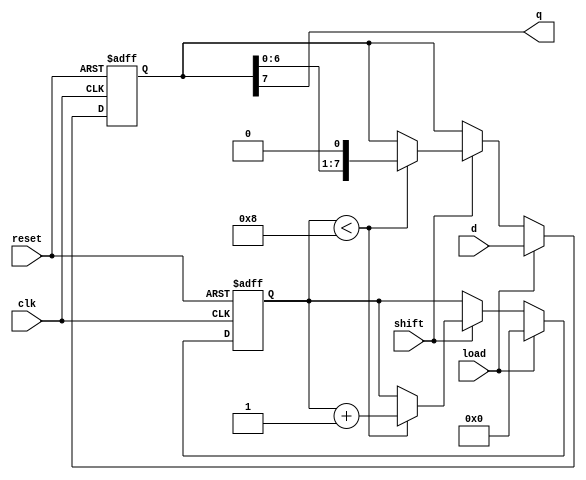
module LoadablePISO #(
    parameter WIDTH = 8  // Width of the data input
)(
    input wire clk,           // Clock signal
    input wire reset,         // Reset signal
    input wire load,          // Load control signal
    input wire shift,         // Shift control signal
    input wire [WIDTH-1:0] d, // Parallel input data
    output wire q            // Serial output
);

    // Internal register to hold data
    reg [WIDTH-1:0] data_reg;
    // Shift counter to keep track of the shifting process
    reg [3:0] shift_count; // Assuming WIDTH <= 16 for the counter

    // Assign the output as the MSB of the current data in the register
    assign q = data_reg[WIDTH-1];

    always @(posedge clk or posedge reset) begin
        if (reset) begin
            // Reset the register and shift counter
            data_reg <= 0;
            shift_count <= 0;
        end else begin
            // Loading data
            if (load) begin
                data_reg <= d;    // Load data into the register
                shift_count <= 0; // Reset shift counter when loading data
            end else if (shift) begin
                if (shift_count < WIDTH) begin
                    // Shift data right
                    data_reg <= {data_reg[WIDTH-2:0], 1'b0}; // Shift right, MSB goes to Q
                    shift_count <= shift_count + 1; // Increment shift counter
                end
                // Optionally, you can define behavior after all bits are shifted out
            end
        end
    end

endmodule